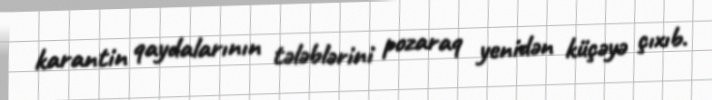
karantin qaydalarının tələblərini pozaraq yenidən küçəyə çıxıb.